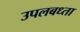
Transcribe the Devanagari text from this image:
उपलबध्ता